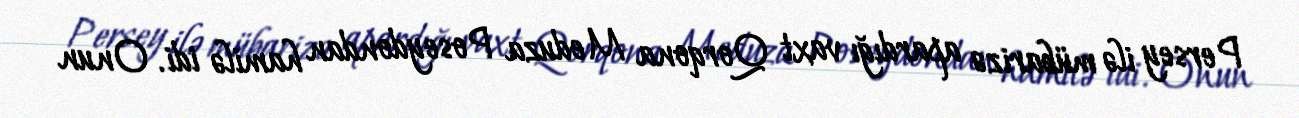
Persey ilə mübarizə apardığı vaxt Qorqona Meduza Poseydondan hamilə idi. Onun